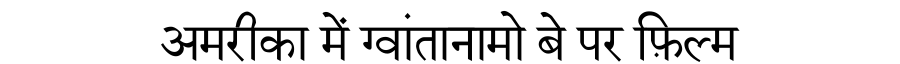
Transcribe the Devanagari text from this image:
अमरीका में ग्वांतानामो बे पर फ़िल्म